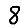
Digit: 8